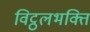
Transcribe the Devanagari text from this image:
विट्ठलभक्ति